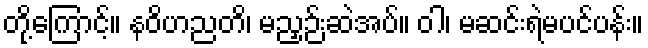
တို့ကြောင့်။ နဝိဟညတိ၊ မညှဉ်းဆဲအပ်။ ဝါ၊ မဆင်းရဲမပင်ပန်း။